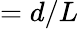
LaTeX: =d/L